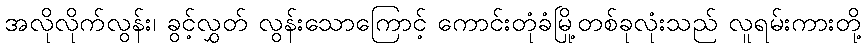
အလိုလိုက်လွန်း၊ ခွင့်လွှတ် လွန်းသောကြောင့် ကောင်းတုံခံမြို့တစ်ခုလုံးသည် လူရမ်းကားတို့